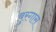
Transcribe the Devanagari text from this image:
बुरगास